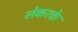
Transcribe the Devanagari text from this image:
लेकरके